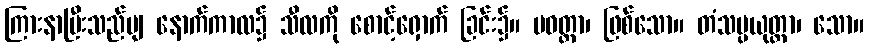
ကြားနာပြီးသည်မျ နောက်ကာလ၌ သီလကို စောင့်ရှောက် ခြင်း၌။ ပဝတ္တာ၊ ဖြစ်သော။ တံသမ္ပယုတ္တာ၊ သော။